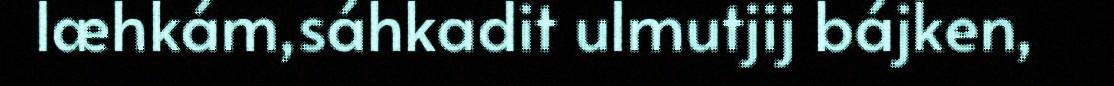
læhkám,sáhkadit ulmutjij bájken,